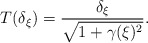
\begin{align*} T(\delta_\xi)= \frac{\delta_\xi}{\sqrt{1+\gamma(\xi)^2}}.\end{align*}